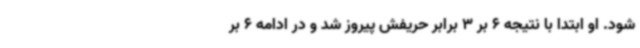
شود. او ابتدا با نتیجه 6 بر 3 برابر حریفش پیروز شد و در ادامه 6 بر